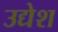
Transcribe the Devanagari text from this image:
उद्येश